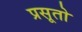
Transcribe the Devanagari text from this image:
प्रसूतो